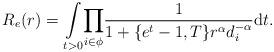
LaTeX: \begin{align*}R_e(r)= \underset{t>0}\int\underset{i \in \phi}\prod\frac{1}{1+\{e^t-1,T\}r^\alpha d_i^{-\alpha}}\mathrm{d}t .\end{align*}